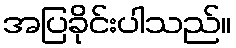
အပြခိုင်းပါသည်။